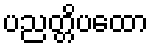
ပညတ္တိပထော